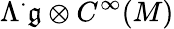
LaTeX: \Lambda^{\cdot}{\mathfrak{g}}\otimes C^{\infty}(M)